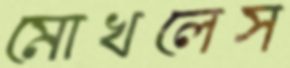
মোখলেস